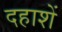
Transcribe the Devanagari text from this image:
दहाशें